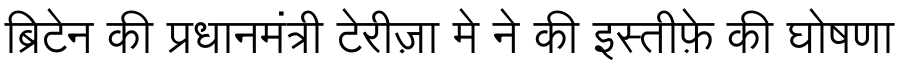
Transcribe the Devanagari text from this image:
ब्रिटेन की प्रधानमंत्री टेरीज़ा मे ने की इस्तीफ़े की घोषणा